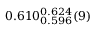
0 . 6 1 0 _ { 0 . 5 9 6 } ^ { 0 . 6 2 4 } ( 9 )